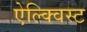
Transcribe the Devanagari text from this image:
ऐल्क्विस्ट